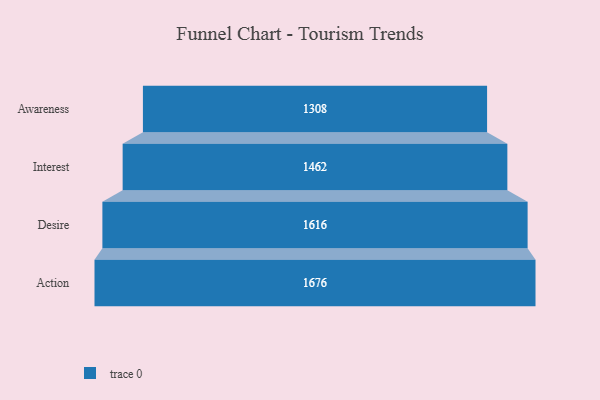
{"axis": {"x": "Stage", "y": "Value"}, "legend": [""], "data": [{"x": "Awareness", "y": 1308.0, "type": ""}, {"x": "Interest", "y": 1462.0, "type": ""}, {"x": "Desire", "y": 1616.0, "type": ""}, {"x": "Action", "y": 1676.0, "type": ""}]}